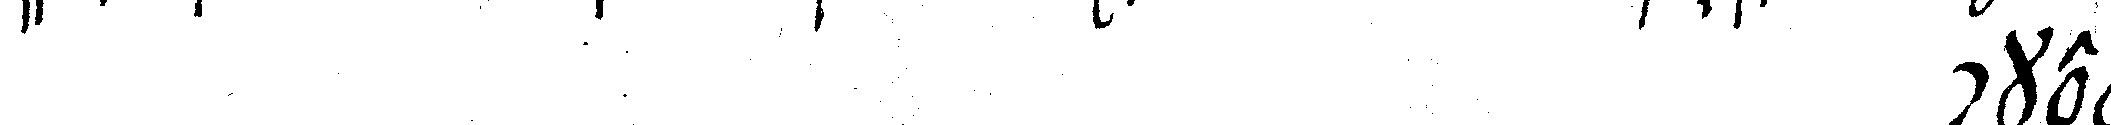
# ckel